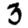
Digit: 3